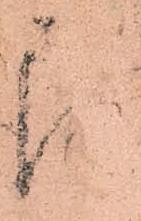
即